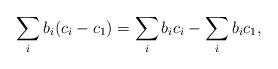
LaTeX: \begin{align*}\displaystyle\sum_{i}b_{i}(c_{i}-c_{1})=\displaystyle\sum_{i}b_{i}c_{i}-\displaystyle\sum_{i}b_{i}c_{1},\end{align*}